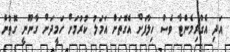
އަދި އެގްރިމެންޓާ ވެސް ހިލާފަށް އެގޮތަށް އަމަލު ކުރުމަށް ހަމީދަށް ގާނޫނީ ގޮތުން